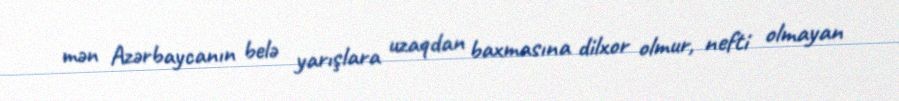
mən Azərbaycanın belə yarışlara uzaqdan baxmasına dilxor olmur, nefti olmayan